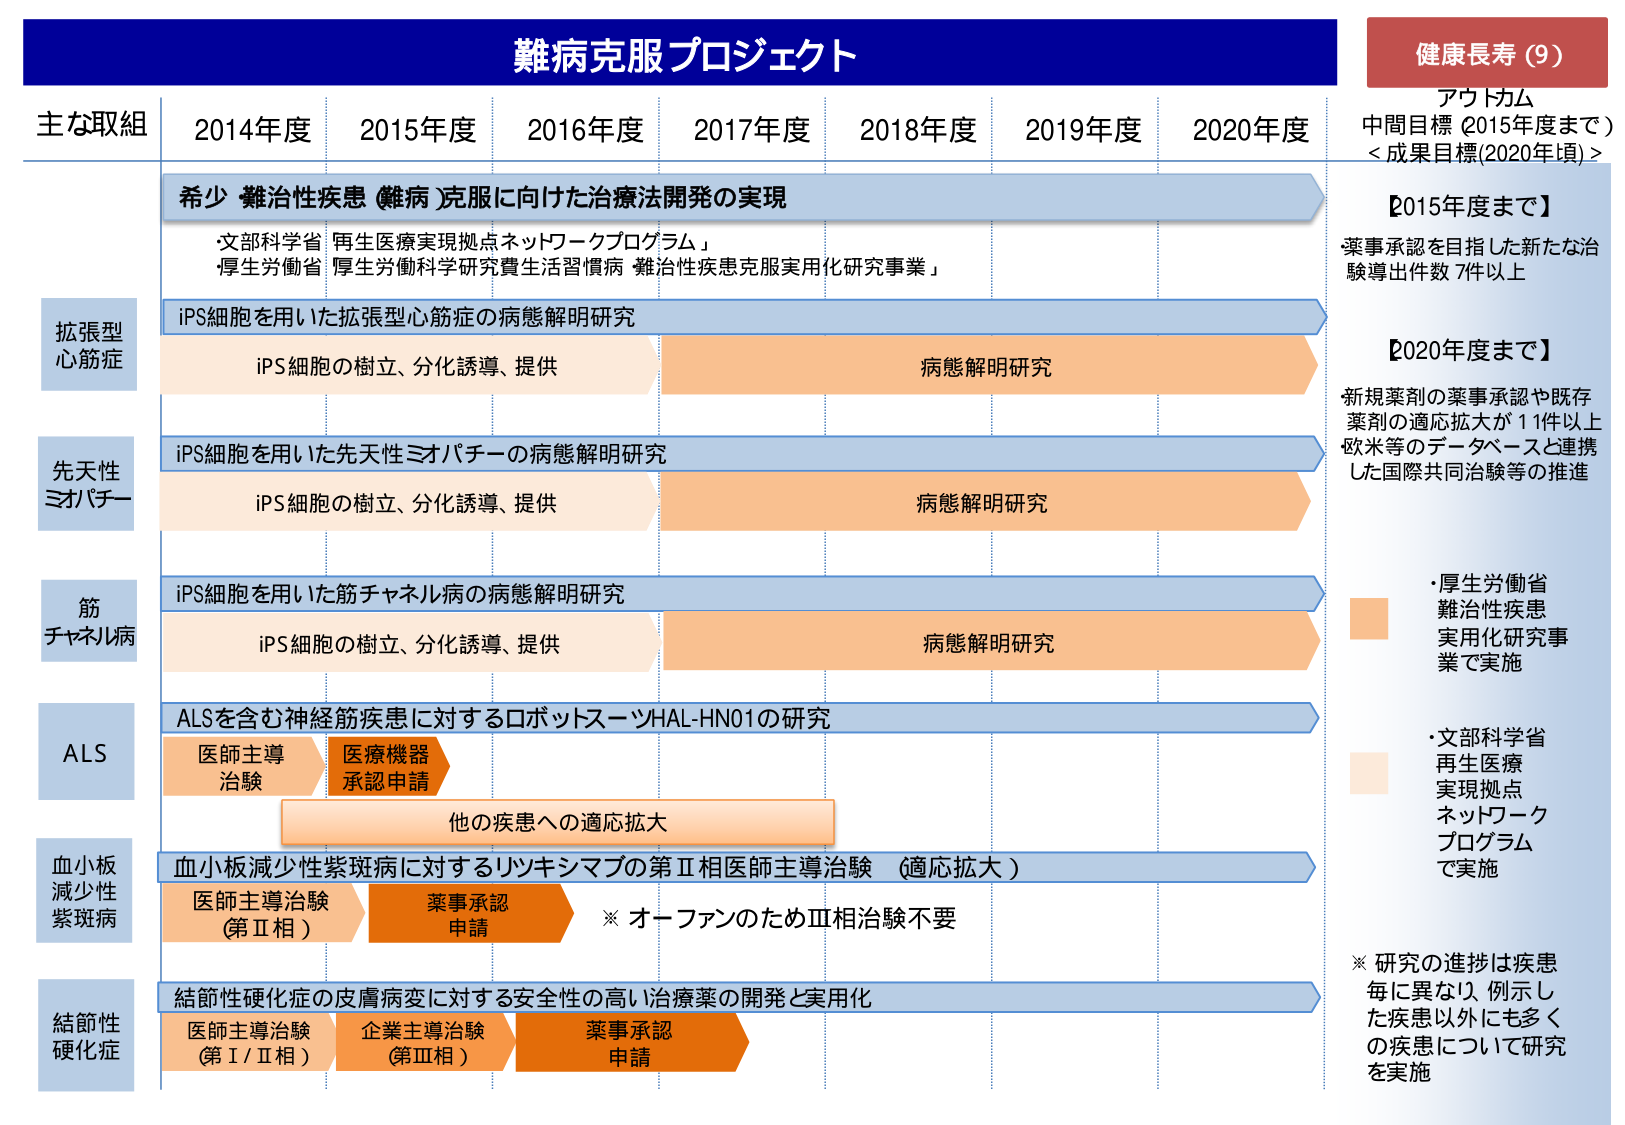
難病克服プロジェクト

健康長寿（9）
アウトカム
中間目標（2015年度まで）
＜成果目標(2020年度頃)＞

主な取組 2014年度 2015年度 2016年度 2017年度 2018年度 2019年度 2020年度

希少・難治性疾患（難病）克服に向けた治療法開発の実現
・文部科学省 再生医療実現拠点ネットワークプログラム」
・厚生労働省「厚生労働科学研究費生活習慣病・難治性疾患克服実用化研究事業」

【2015年度まで】
薬事承認を目指した新たな治験導出件数7件以上

拡張型心筋症
iPS細胞を用いた拡張型心筋症の病態解明研究
iPS細胞の樹立、分化誘導、提供
病態解明研究

先天性ミオパチー
iPS細胞を用いた先天性ミオパチーの病態解明研究
iPS細胞の樹立、分化誘導、提供
病態解明研究

筋チャネル病
iPS細胞を用いた筋チャネル病の病態解明研究
iPS細胞の樹立、分化誘導、提供
病態解明研究

ALS
ALSを含む神経筋疾患に対するロボットスーツHAL-HN01の研究
医師主導治験
医療機器承認申請
他の疾患への適応拡大

【2020年度まで】
新規薬剤の薬事承認や既存薬剤の適応拡大が11件以上
欧米等のデータベースと連携した国際共同治験等の推進

・厚生労働省
難治性疾患
実用化研究事業で実施

・文部科学省
再生医療
実現拠点
ネットワーク
プログラム
で実施

血小板減少性紫斑病
血小板減少性紫斑病に対するリツキシマブの第Ⅱ相医師主導治験（適応拡大）
医師主導治験（第Ⅱ相）
薬事承認申請
※ オーファンのためⅢ相治験不要

結節性硬化症
結節性硬化症の皮膚病変に対する安全性の高い治療薬の開発と実用化
医師主導治験（第Ⅰ/Ⅱ相）
企業主導治験（第Ⅲ相）
薬事承認申請

※ 研究の進捗は疾患毎に異なり、例示した疾患以外にも多くの疾患について研究を実施